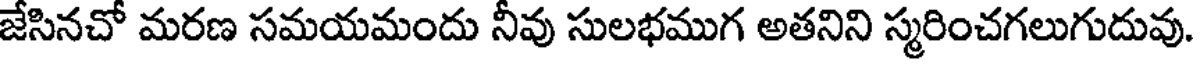
జేసినచో మరణ సమయమందు నీవు సులభముగ అతనిని స్మరించగలుగుదువు.